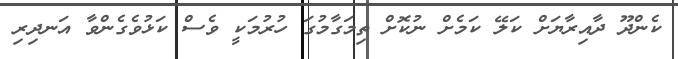
ކެންދޫ ދާއިރާޔަށް ކަލޭ ކަމެށް ނުކޮށް ތިމަގާމުގަ ހުރުމަކީ ވެސް ކަޅުވެގެންވާ އަނދިރި